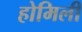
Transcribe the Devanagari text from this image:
होमिली